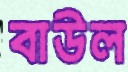
বাউল